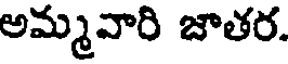
అమ్మవారి జాతర.